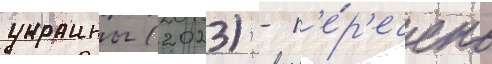
украины (2023) - п'е́р'ечень